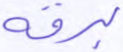
برقه